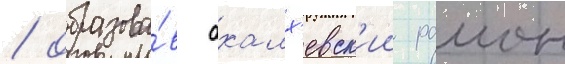
/ образова́в ахалх'евск'ии раион